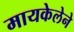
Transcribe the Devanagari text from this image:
मायकेलेने